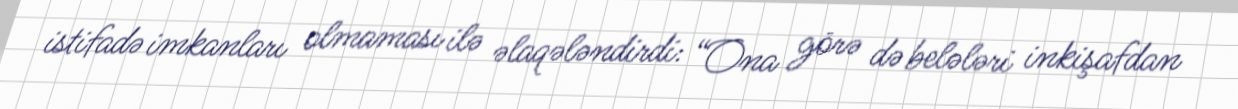
istifadə imkanları olmaması ilə əlaqələndirdi: “Ona görə də belələri inkişafdan